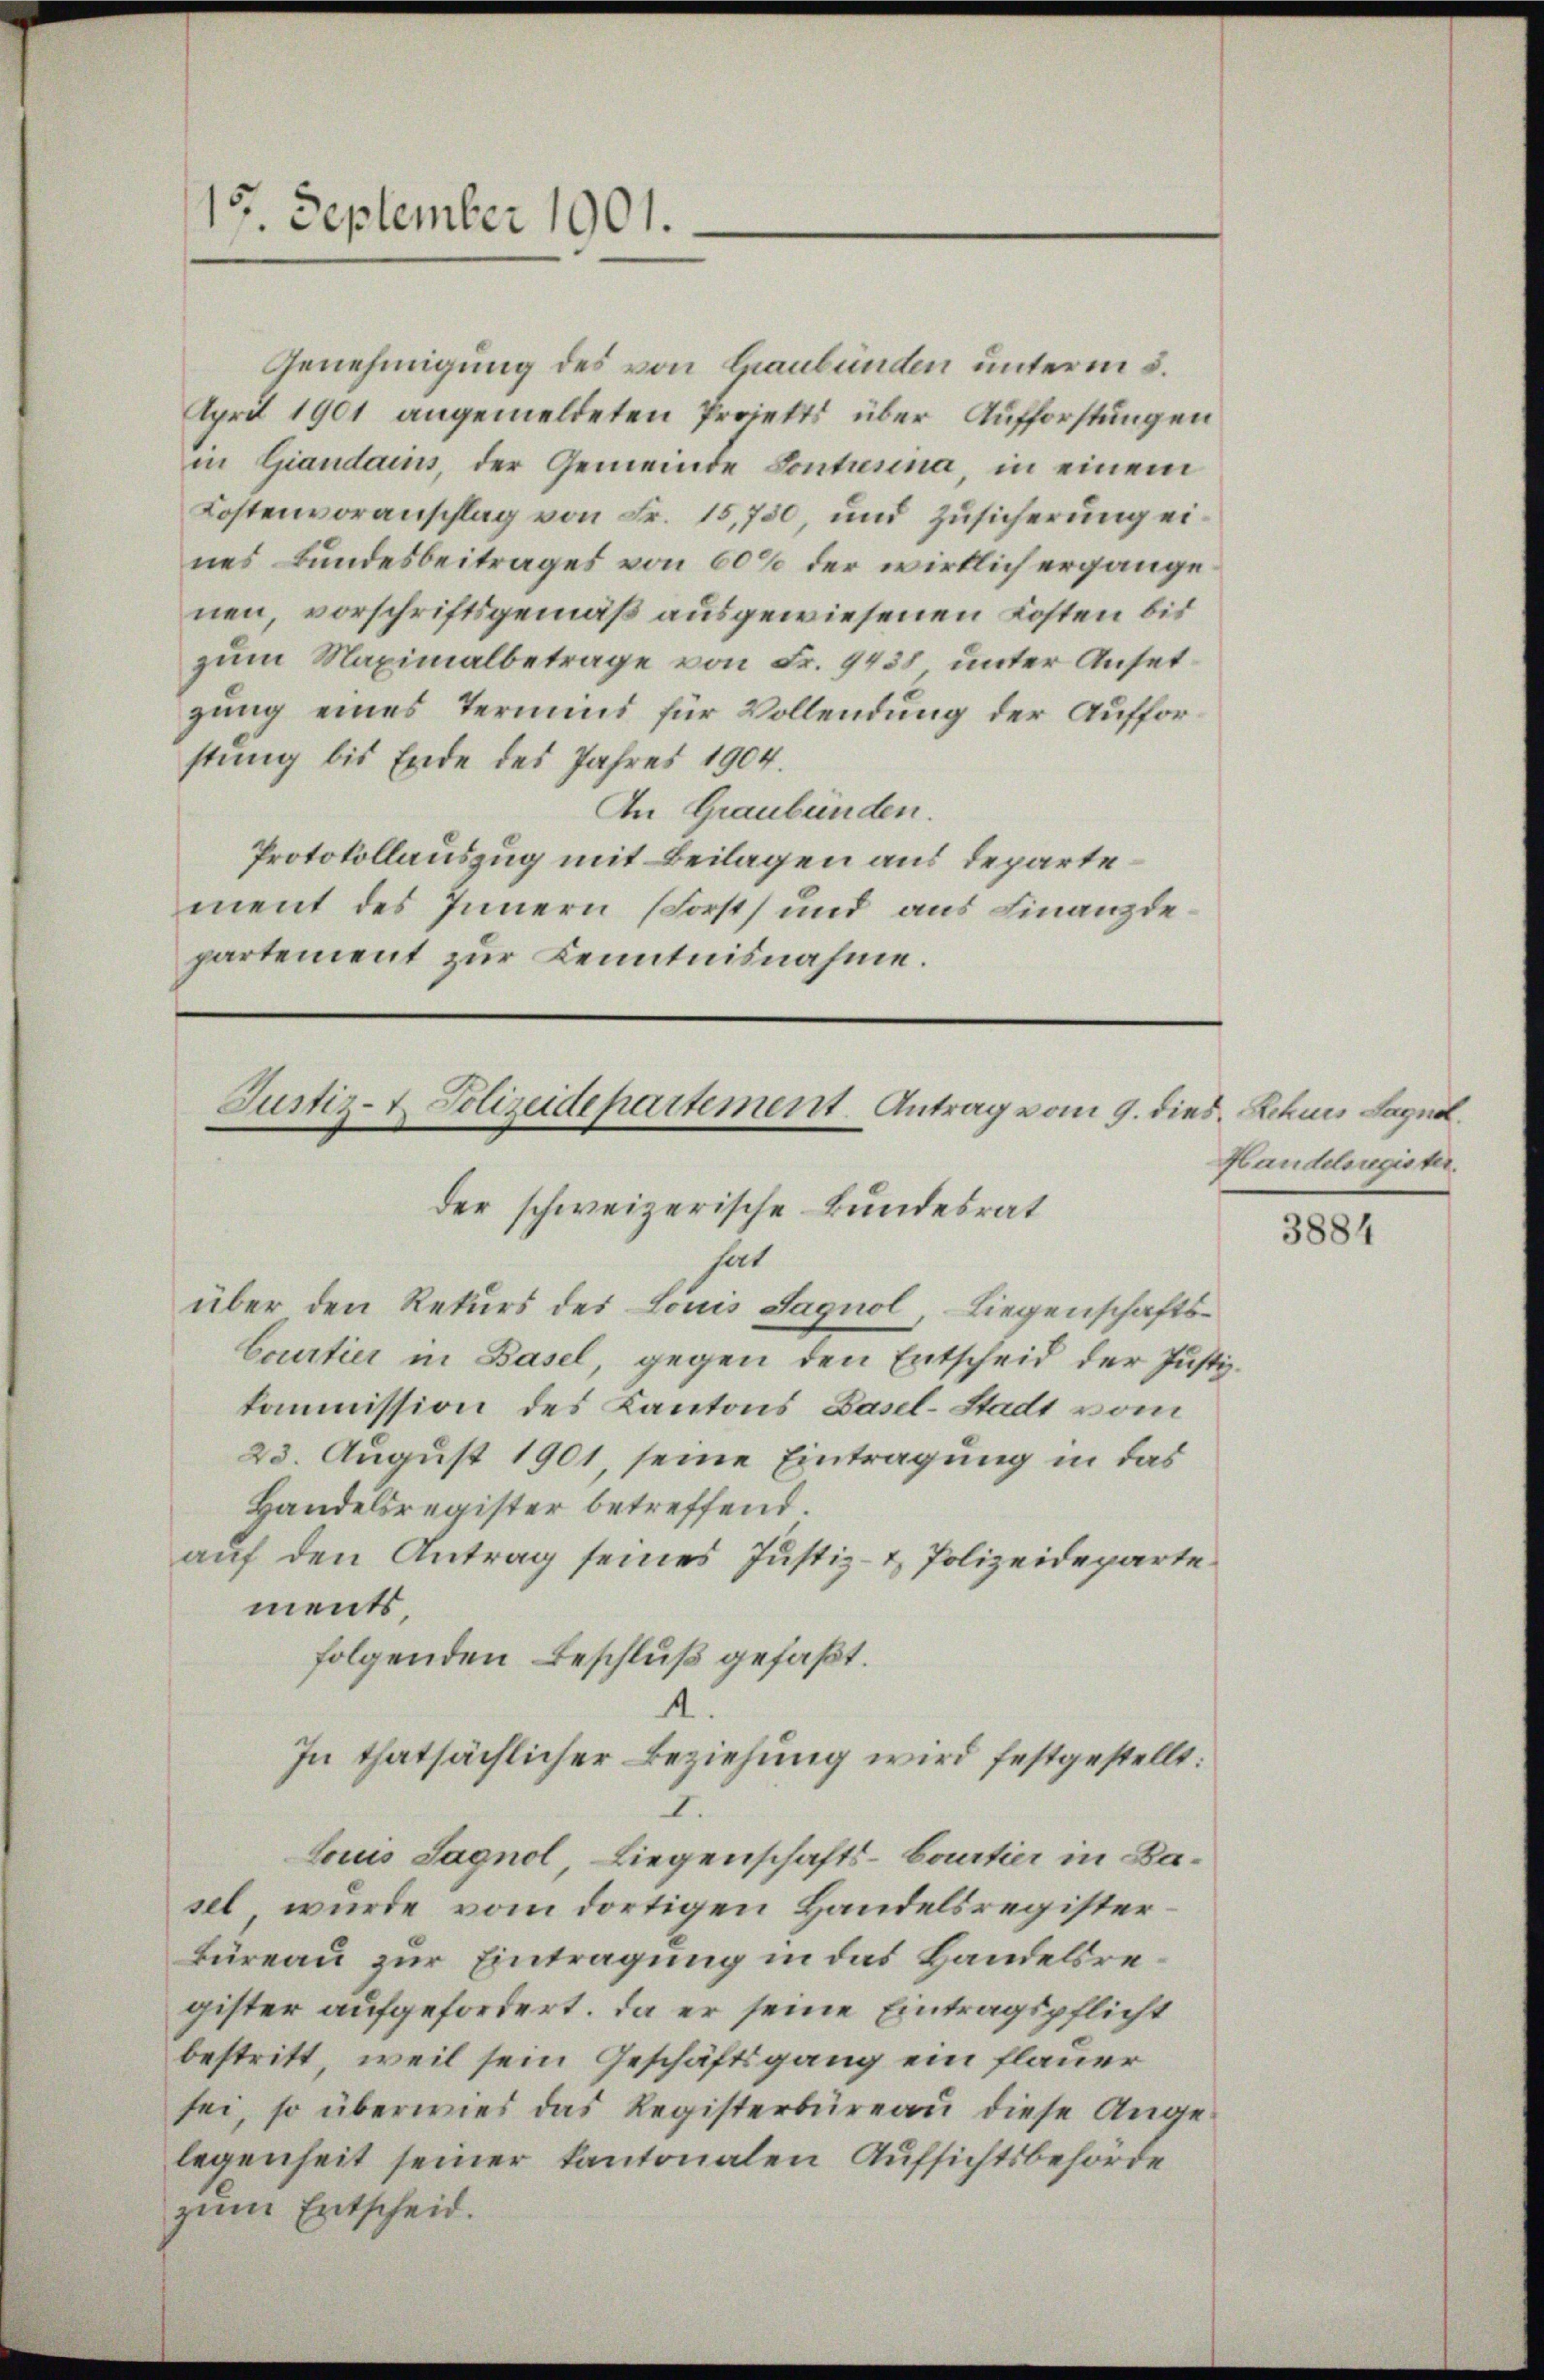
15. September 1901.

Genehmigung des von Graubünden unterm 5.
April 1901 angemeldeten Projekts über Aufforstungen
in Giandains, der Gemeinde Contusina, in einem
Kostenvoranschlag von Fr. 15,750, und Zŭsicherŭng eines Bundesbeitrages von 60% der wirklich ergänge
nen, vorschriftsgemäß ausgewiesenen Kosten bis
zum Maximalbetrage von Fr. 9438 unter Ansetgung eines Termins für Vollendung der Aufforstung bis Ende des Jahres 1904.
An Graubünden.
Protokollauszug mit Beilagen aus departement des Innern (Forst und aus Finanzdepartement zur Kenntnisnahme.

Justiz- & Polizeidepartement. Antrag vom 9. dies. Rekurs Land
hat
über den Rekurs des Louis Sagnol, Liegenschafts¬
Courtier in Basel, gegen den Entscheid der Justi

der schweizerische Bundesrat

23. August 1901, seine Eintragung in das
Handelsregister betreffend.
auf den Antrag seines Justiz- & Polizeideparte
ments,
Locus Sagnol, Liegenschafts-Boatier in Basel, wurde vom dortigen Handelsregister¬
Büreau zur Eintragung in das Handelsregister aufgefordert. Da er seine Eintragspflicht
bestritt, weil sein Geschäftsgang ein flauer
sei, so überwies das Registerbüreaŭ diese Ange-
legenheit seiner kantonalen Aufsichtsbehörde
zum Entscheid.

kommission des Kantons Basel-Stadt vom

folgenden Beschluß gefaßt.
In thatsächlicher Beziehung wird festgestellt:
I.

Handelsregister.

3884